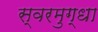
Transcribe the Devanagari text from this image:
स्वरमुग्धा